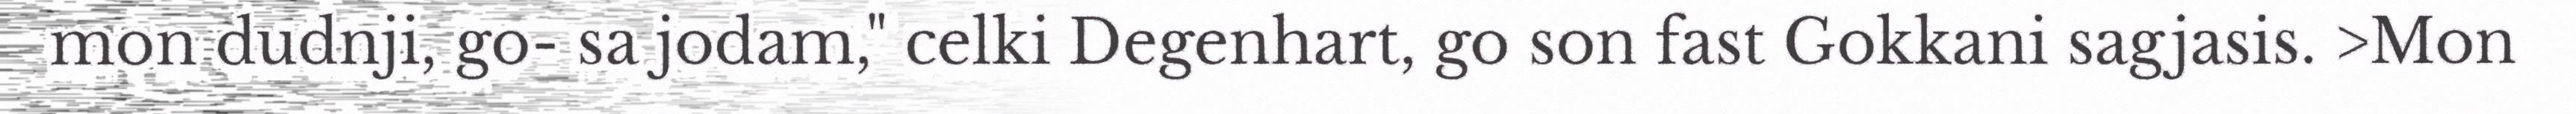
mon dudnji, go- sa jodam," celki Degenhart, go son fast Gokkani sagjasis. >Mon